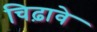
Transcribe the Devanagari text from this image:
चिढ़ावे